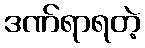
ဒဏ်ရာရတဲ့